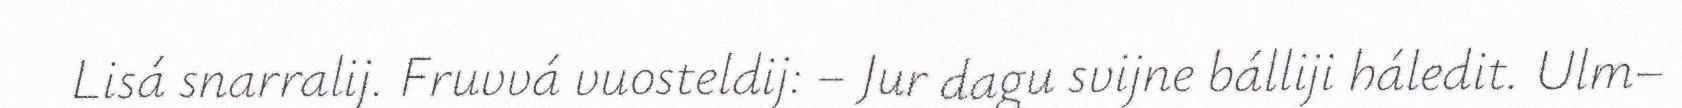
Lisá snarralij. Fruvvá vuosteldij: – Jur dagu svijne bálliji háledit. Ulm–